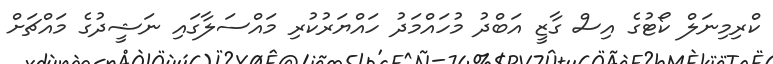
ކްރިމިނަލް ކޯޓުގެ އިސް ގާޒީ އަބްދު މުހައްމަދު ހައްޔަރުކުރި މައްސަލާގައި ނަޝީދުގެ މައްޗަށް